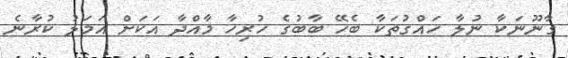
ގާނޫނަކާ ނުލާ ހައްގުތަކާ ބެހޭ ބާބުގެ ހުރިހާ މާއްދާ އަކަށް އަމަލު ކުރާނެ